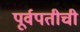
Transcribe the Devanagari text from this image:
पूर्वपतीची